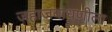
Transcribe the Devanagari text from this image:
जहाजबांधणीला